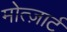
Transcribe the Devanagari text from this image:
मोत्ज़ार्ट